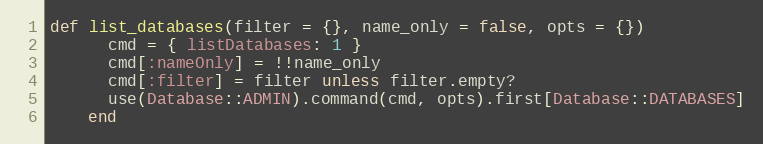
Language: Ruby
def list_databases(filter = {}, name_only = false, opts = {})
      cmd = { listDatabases: 1 }
      cmd[:nameOnly] = !!name_only
      cmd[:filter] = filter unless filter.empty?
      use(Database::ADMIN).command(cmd, opts).first[Database::DATABASES]
    end